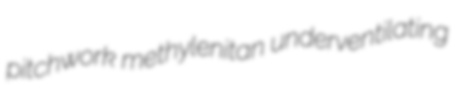
pitchwork methylenitan underventilating